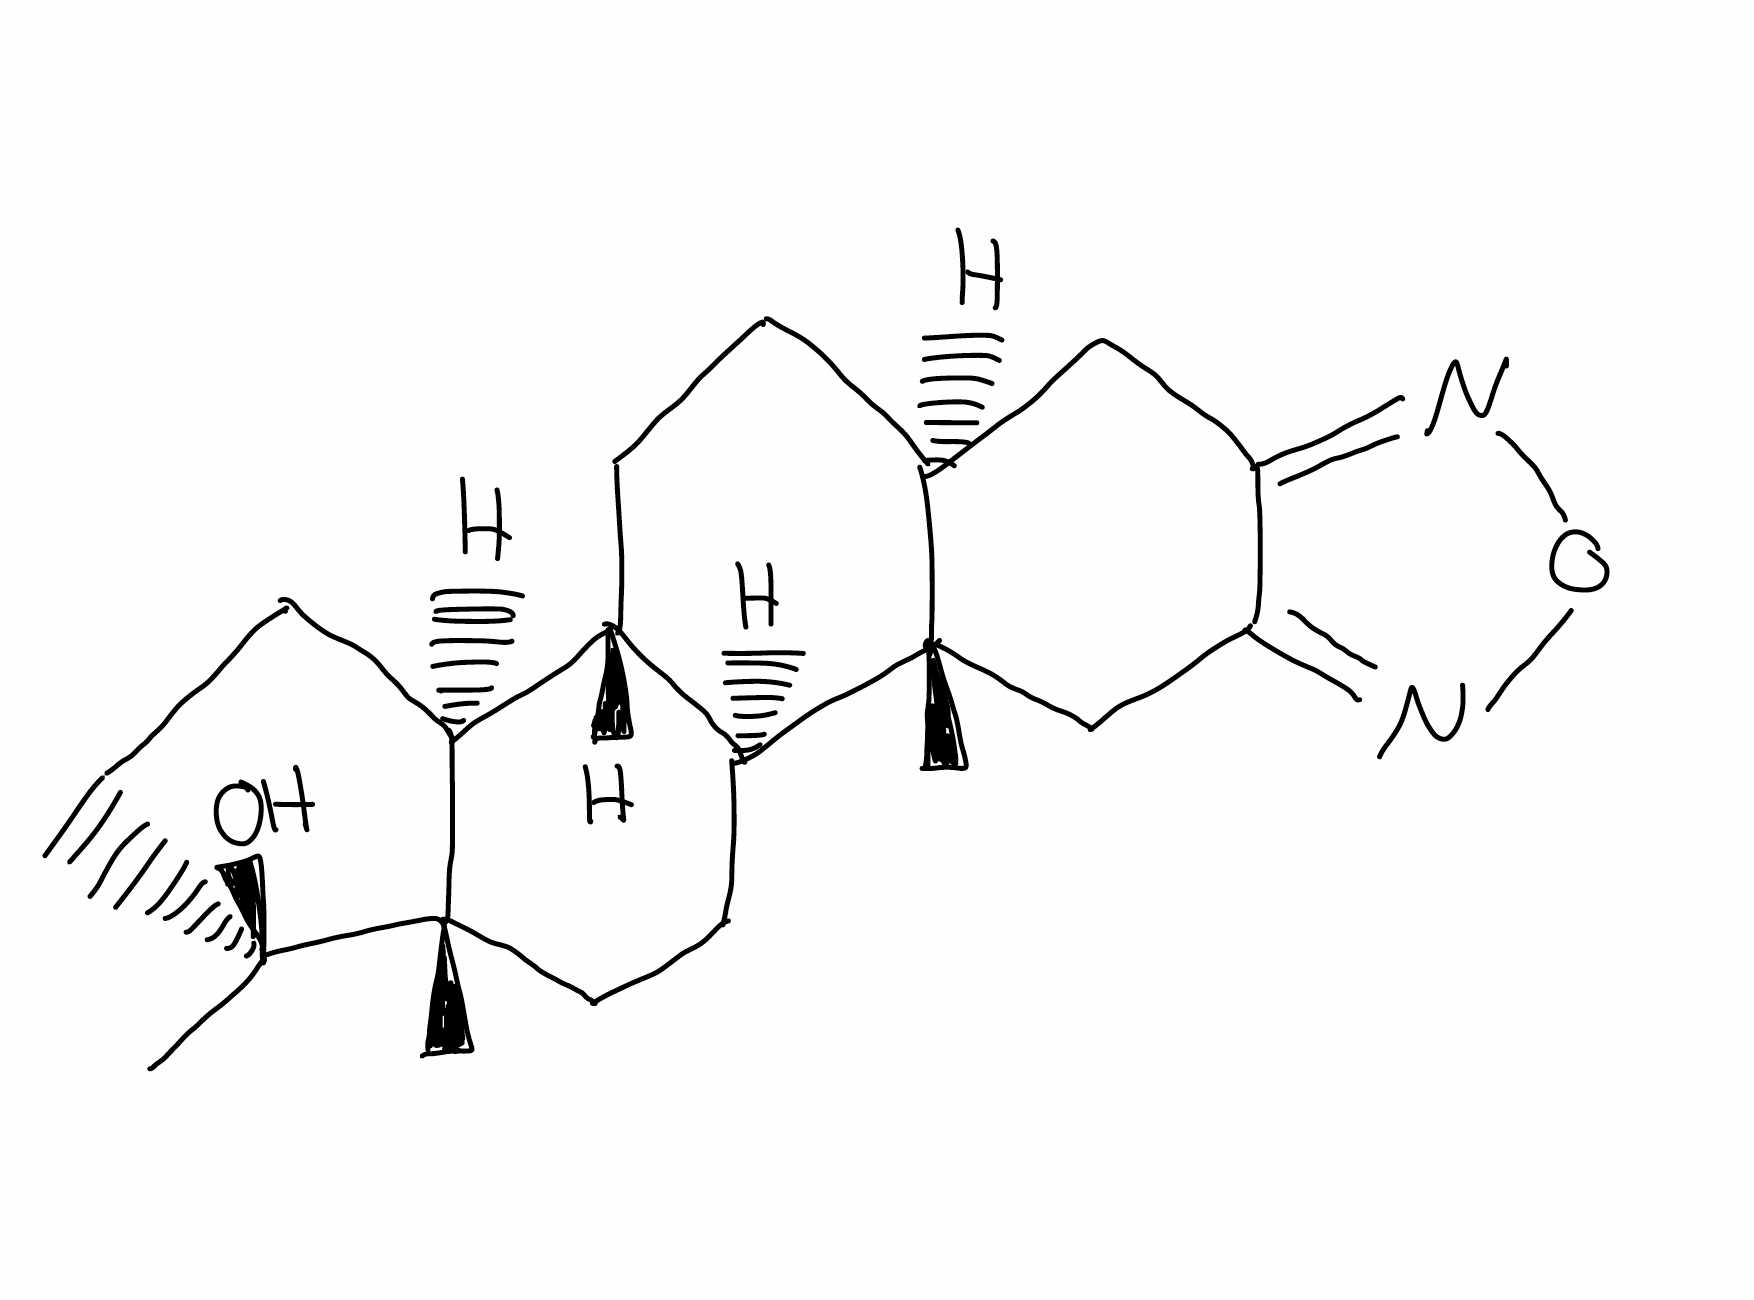
Simplified molecular-input line-entry system (SMILES) notation of the given molecule:
C[C@]12CC[C@H]3[C@H]([C@@H]1CC[C@]2(C)O)CC[C@@H]4[C@@]3(CC5=NON=C5C4)C